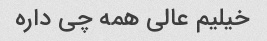
خیلیم عالی همه چی داره